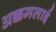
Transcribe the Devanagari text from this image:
अक्कमलाई